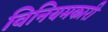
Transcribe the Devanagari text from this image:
विनियमकारी